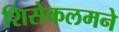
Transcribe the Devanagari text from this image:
शिसेकलमने